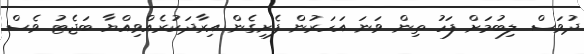
ދުވަސް ލިބުމަށް ފަހު ތިން ވަނަ އަހަރުން ފެށިގެން އިރާދަކުރެއްވިއްޔާ ބަޖެޓު ވެސް